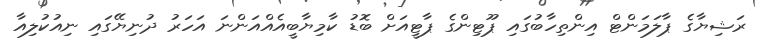
ރަޝިޔާގެ ޕާލަމަންޓް އިންތިހާބުގައި ޕޫޓިންގެ ޕާޓީއަށް ބޮޑު ކާމިޔާބީއެއްއަންނަ އަހަރު ދުނިޔޭގައި ނިއުކުލިއާ